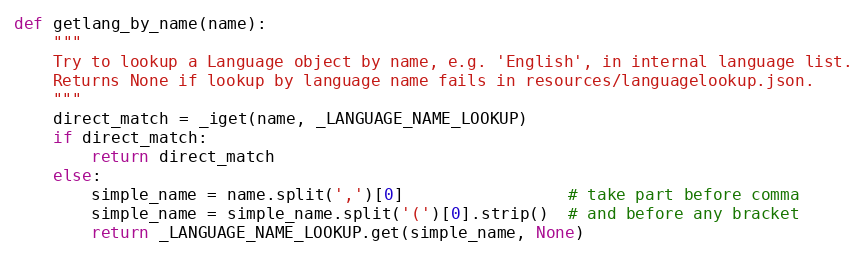
Language: Python
def getlang_by_name(name):
    """
    Try to lookup a Language object by name, e.g. 'English', in internal language list.
    Returns None if lookup by language name fails in resources/languagelookup.json.
    """
    direct_match = _iget(name, _LANGUAGE_NAME_LOOKUP)
    if direct_match:
        return direct_match
    else:
        simple_name = name.split(',')[0]                 # take part before comma
        simple_name = simple_name.split('(')[0].strip()  # and before any bracket
        return _LANGUAGE_NAME_LOOKUP.get(simple_name, None)